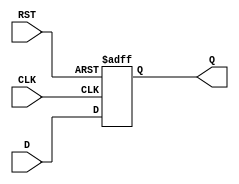
module synchronous_register (
    input wire D,         // Data input
    input wire CLK,       // Clock input
    input wire RST,       // Synchronous reset input
    output reg Q          // Data output
);

// Always block triggered on the rising edge of the clock or the reset
always @(posedge CLK or posedge RST) begin
    if (RST) begin
        Q <= 1'b0;       // Clear the register to zero on reset
    end else begin
        Q <= D;          // Capture the input data on the clock edge
    end
end

endmodule